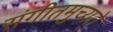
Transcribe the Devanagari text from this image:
संगीतमुच्यते